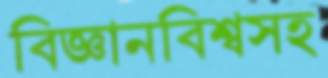
বিজ্ঞানবিশ্বসহ